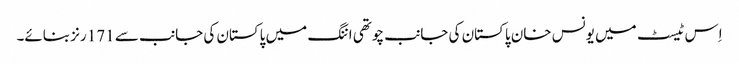
اِس ٹیسٹ میں یونس خان پاکستان کی جانب چوتھی اننگ میں پاکستان کی جانب سے 171 رنز بنائے۔